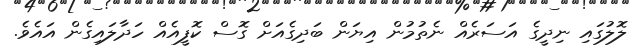
ލޮލުގައި ނިދީގެ އަސަރެއް ނެތުމުން އިޔަން ބަދިގެއަށް ގޮސް ކޮފީއެއް ހަދާލައިގެން އައެވެ.